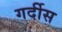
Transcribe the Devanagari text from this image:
गर्दीस